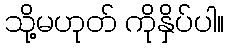
သို့မဟုတ် ကိုနှိပ်ပါ။